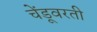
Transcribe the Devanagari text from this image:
चेंडूवरती